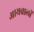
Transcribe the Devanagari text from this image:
आयवालों